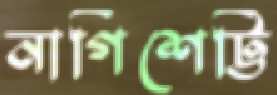
নাগিশেট্টি